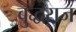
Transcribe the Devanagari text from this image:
बुद्धराज